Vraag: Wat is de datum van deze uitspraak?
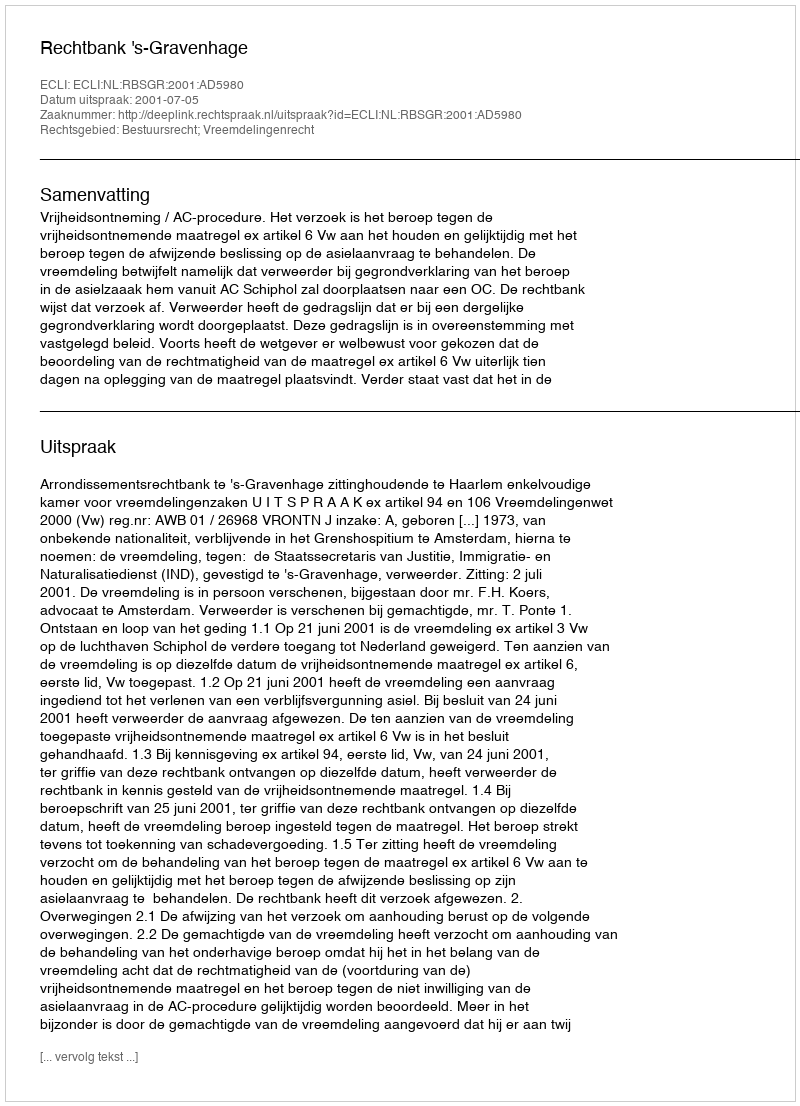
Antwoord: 2001-07-05